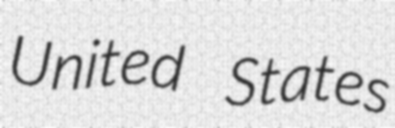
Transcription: United States